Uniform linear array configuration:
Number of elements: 8
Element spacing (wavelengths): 1
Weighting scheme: kaiser
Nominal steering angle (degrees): -15
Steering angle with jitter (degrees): -16.551
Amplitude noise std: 0.05
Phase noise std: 0.05

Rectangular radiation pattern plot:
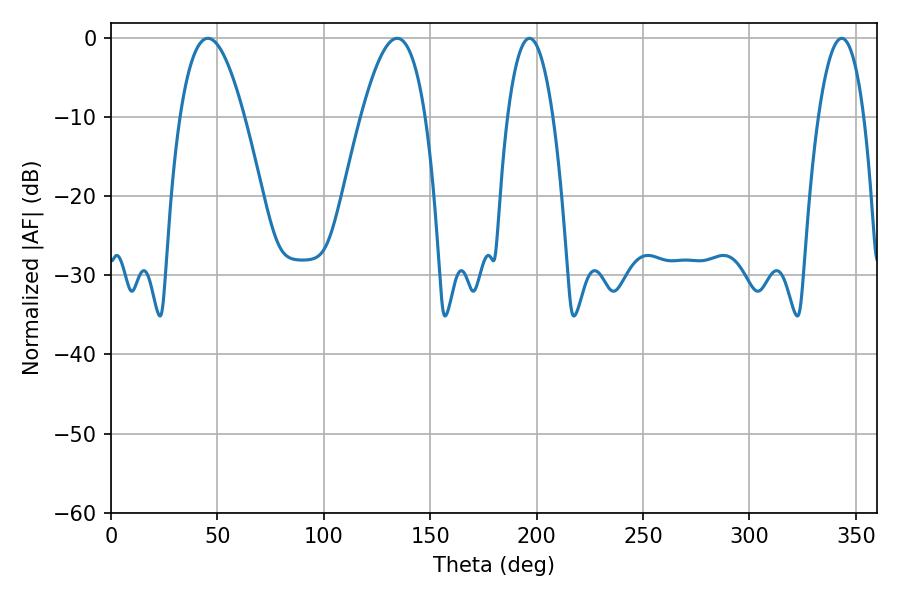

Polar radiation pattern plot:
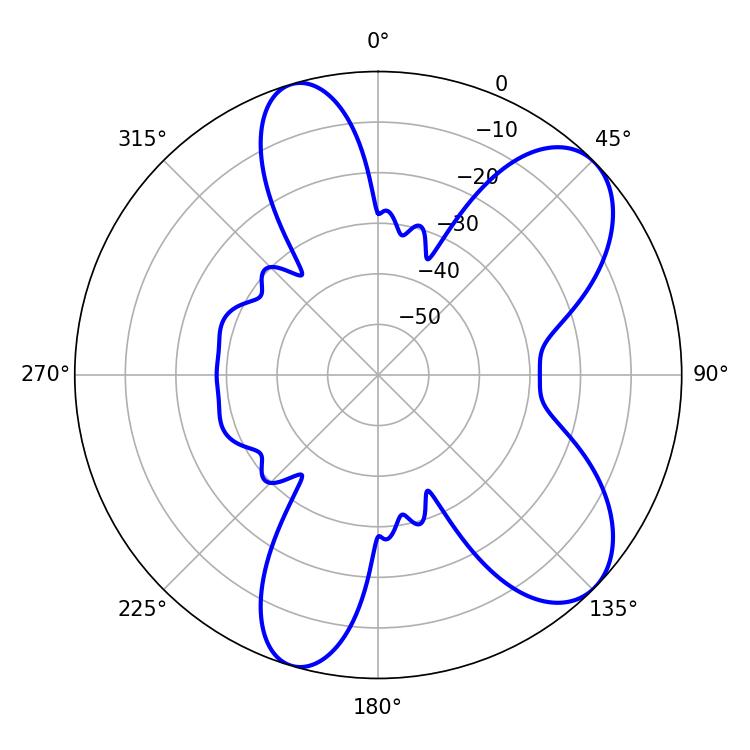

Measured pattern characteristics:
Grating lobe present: TRUE
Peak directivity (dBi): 7.944
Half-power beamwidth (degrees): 16.38
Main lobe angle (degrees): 45.54